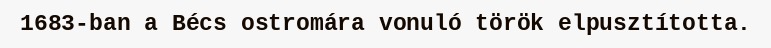
1683-ban a Bécs ostromára vonuló török elpusztította.